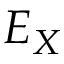
E _ { X }